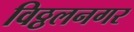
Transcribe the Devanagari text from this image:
विठ्ठलनगर